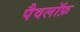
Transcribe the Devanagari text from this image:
पैवलॉफ़